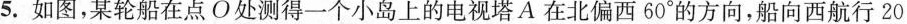
第55.如图，某轮船在点O处测得一个小岛上的电视塔A在北偏西60°的方向，船向西航行20